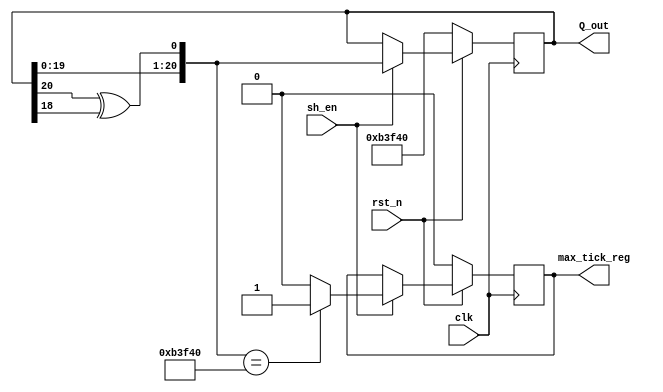
`timescale 1fs / 1fs
//////////////////////////////////////////////////////////////////////////////////
// Company: 
// Engineer: 
// 
// Design Name: 
// Module Name: lfsr_21_bit
// Project Name: 
// Target Devices: 
// Tool Versions: 
// Description: 
// 
// Dependencies: 
// 
// Revision:
// Revision 0.01 - File Created
// Additional Comments:
// 
//////////////////////////////////////////////////////////////////////////////////


module lfsr_21_bit
	
#(parameter	seed =21'b10110011111101000000) //given seed value
 (
  input	clk,sh_en,rst_n,
  output [20:0]	Q_out,
  output reg max_tick_reg
  );	
  
  reg  [20:0] Q_state;
  wire [20:0] Q_ns;
  wire Q_fb;
  
  
  always @	(posedge clk ) begin
		if(!rst_n) begin
		 Q_state	<=	seed;
		 max_tick_reg  <= 1'b0;
		 end
		 else
		 begin
		    if(sh_en) begin
			   Q_state	<=	Q_ns;
			
	         	if (Q_ns == seed) 
                    max_tick_reg <= 1'b1; //we have completed a full LFSR cycle so max tick reg goes high
                else 
                  max_tick_reg <=1'b0;

       end
       end
       end 

				
//next	state	logic
assign	Q_fb	=	Q_state[20]	^	Q_state[18]; //feedback XOR
assign	Q_ns	=	{Q_state[19:0], Q_fb}; //append the feedback to the new Q




//output	logic
assign	Q_out	=	Q_state;




  
endmodule